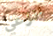
انزعي